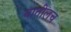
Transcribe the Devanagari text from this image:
यातीलच